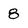
Character: 8